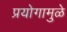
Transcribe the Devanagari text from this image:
प्रयोगामुळे